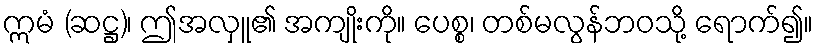
ဣမံ (ဆဋ္ဌ)၊ ဤအလှူ၏ အကျိုးကို။ ပေစ္စ၊ တစ်မလွန်ဘဝသို့ ရောက်၍။